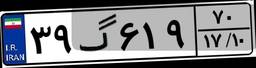
۲۶گ۸۴۵۲۳